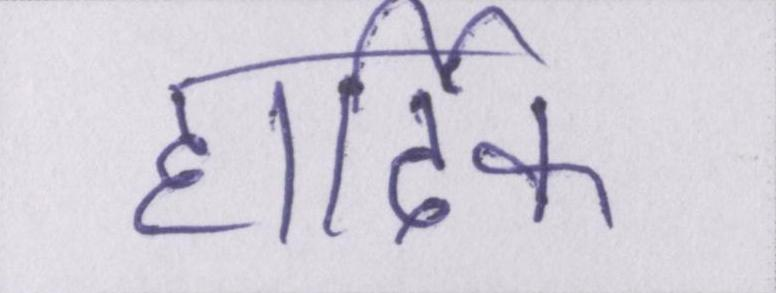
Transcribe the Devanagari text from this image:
हार्दिक